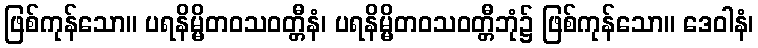
ဖြစ်ကုန်သော။ ပရနိမ္မိတဝသဝတ္တီနံ၊ ပရနိမ္မိတဝသဝတ္တီဘုံ၌ ဖြစ်ကုန်သော။ ဒေဝါနံ၊